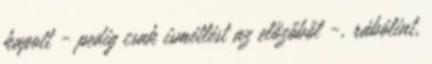
kapott - pedig csak ismétlést az előzőből -, rábólint,